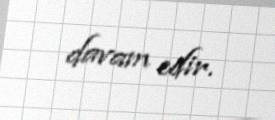
davam edir.